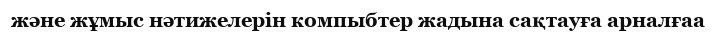
және жұмыс нәтижелерін компыбтер жадына сақтауға арналғаа